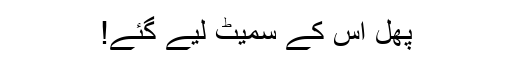
پھل اس کے سمیٹ لیے گئے!